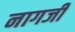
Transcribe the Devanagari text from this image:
नागर्जी